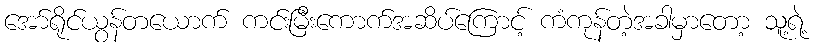
အော်ရိုင်ယွန်တယောက် ကင်းမြီးကောက်အဆိပ်ကြောင့် ကံကုန်တဲ့အခါမှာတော့ သူ့ရဲ့